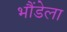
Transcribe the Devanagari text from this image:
भौंडेला